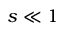
s \ll 1